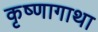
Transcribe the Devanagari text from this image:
कृष्णागाथा